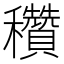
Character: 穳